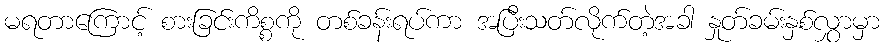
မရတာကြောင့် စားခြင်းကိစ္စကို တစ်ခန်းရပ်ကာ အပြီးသတ်လိုက်တဲ့အခါ နှုတ်ခမ်းနှစ်လွှာမှာ